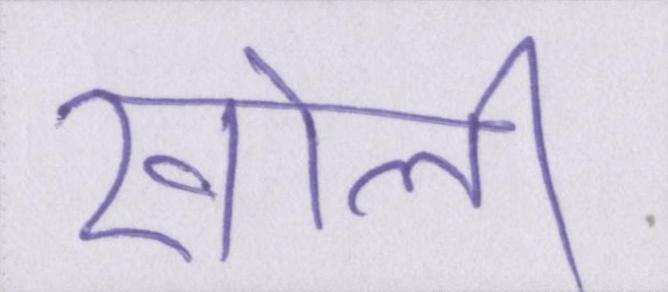
खोली